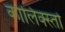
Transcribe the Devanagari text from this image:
कालिक्स्तो